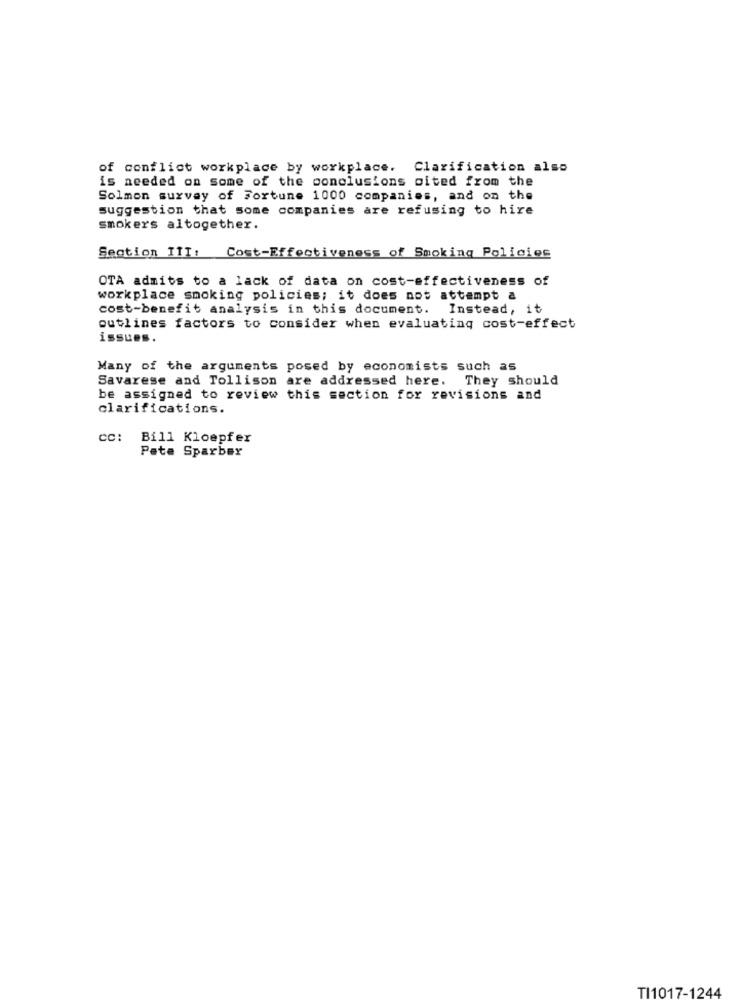
of conflict workplace by workplace. Clarification also
is needed on some of the conclusions oited from the
Solmon survey of Fortune 1000 companies, and on the
suggestion that some companies are refusing to hire
smokers altogether.
Cost-Effectiveness of Smoking Policies
Section III:
OTA admits to a lack of data on cost-effectiveness of
workplace smoking policies; it does not attempt a
cost-benefit analysis in this document.
Instead, it
outlines factors to consider when evaluating cost-effect
issues.
Many of the arguments posed by economists such as
Savarese and Tollison
are addressed here. They should
be assigned to review this section for revisions and
clarifications.
CC:
Bill Kloepfer
Pate Sparber
TI1017-1244